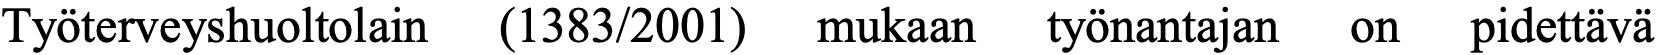
Työterveyshuoltolain (1383/2001) mukaan työnantajan on pidettävä